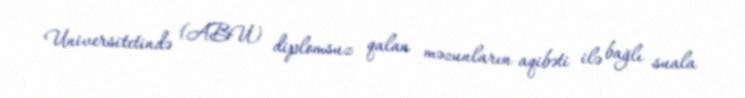
Universitetində (ABU) diplomsuz qalan məzunların aqibəti ilə bağlı suala